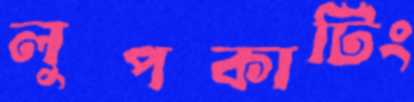
লুপকাটিং